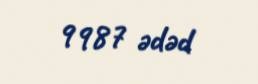
9987 ədəd